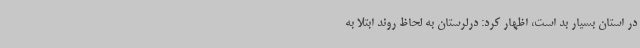
در استان بسیار بد است، اظهار کرد: ‌درلرستان به لحاظ روند ابتلا به